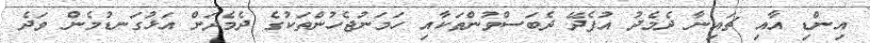
އިންޑި އާއި ޗައިނާ ދެމެދު އުފެދޭ ދެބަސްވުންތަކާއި ހަމަނުޖެހުންތަކުގެ ދެމެދަށް އަަޅުގަނޑުމެން ވަދެ